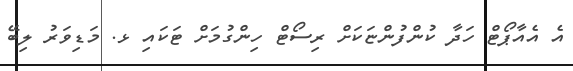
އެ އެއާޕޯޓް ހަދާ ކުންފުންޏަކަށް ރިސޯޓް ހިންގުމަށް ޓަކައި ޅ. މަޑިވަރު ލިބޭ